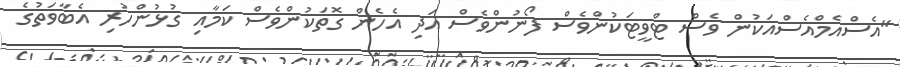
"އެސްއެމްއެސްއަކުން ވެސް ޓްވީޓަކުންވެސް ފޯނުންވެސް އަދި އެހެން ގޮތަކުންވެސް ކަމާއި ގުޅުންހުރި އެބާވަތުގެ